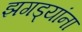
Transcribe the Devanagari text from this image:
झगड्यांना